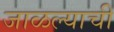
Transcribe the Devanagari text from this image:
जाळल्याची